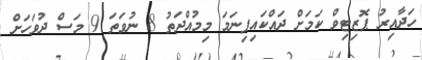
ހަދާއިރު ޕޮޒިޓިވް ކަމަށް ދައްކައިފިނަމަ މިމުއްދަތު 8 ނުވަތަ 9 މަސް ދުވަހަށް